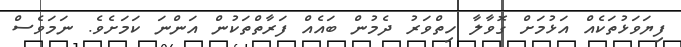
ފިޔަވަޅުތަކެއް އަޅުމަށް ގޮވާލާ ހިތްވަރު ދެމުން ބައެއް ފަރާތްތަކުން އަންނަ ކަމަށެވެ. ނަމަވެސް